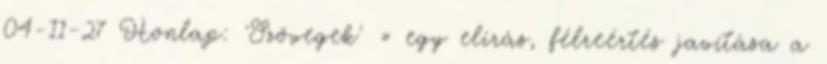
04-11-27 Honlap: 'Szövegek' » egy elírás, félreértés javítása a